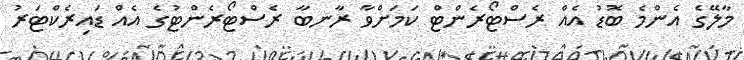
މާލޭގެ އެންމެ ބޮޑު އެއް ރެސްޓޯރެންޓް ކަމަށްވާ ރާނބާ ރެސްޓޯރެންޓުގެ އެއް ޑައިރެކްޓަރު